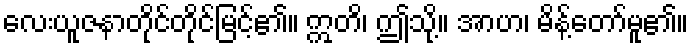
လေးယူဇနာတိုင်တိုင်မြင့်၏။ ဣတိ၊ ဤသို့။ အာဟ၊ မိန့်တော်မူ၏။